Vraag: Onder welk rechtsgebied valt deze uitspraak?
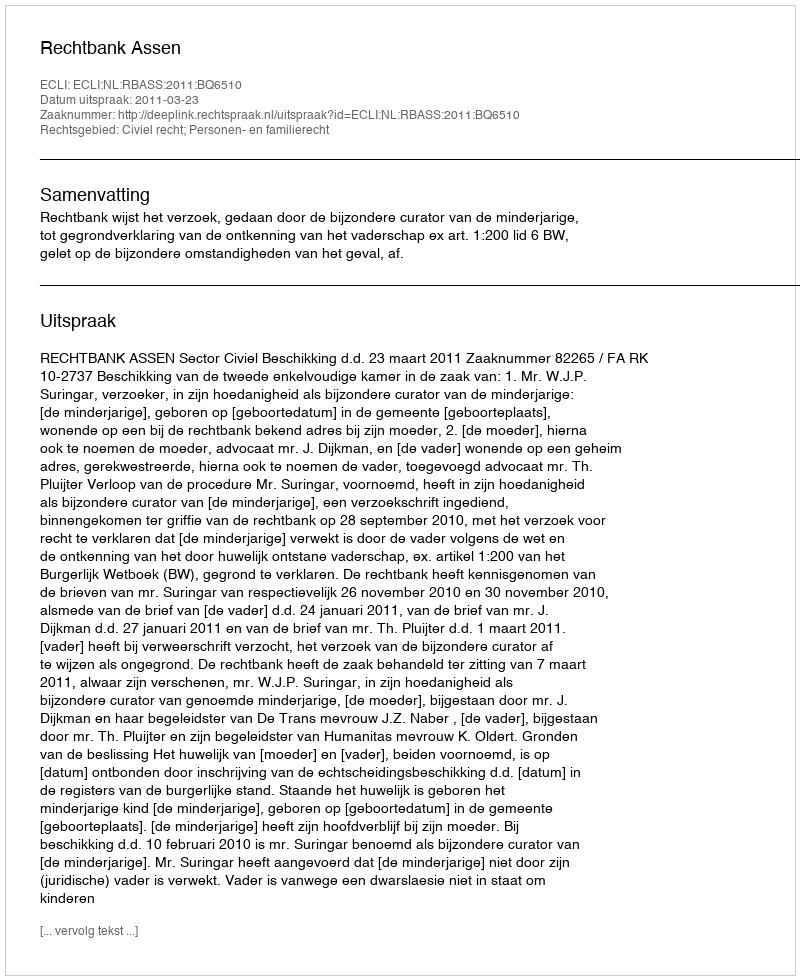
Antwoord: Civiel recht; Personen- en familierecht